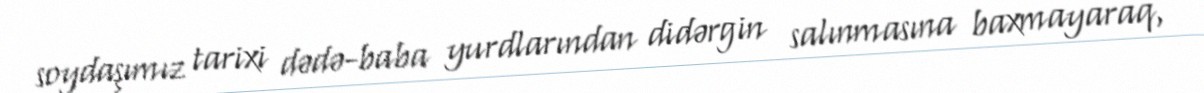
soydaşımız tarixi dədə-baba yurdlarından didərgin salınmasına baxmayaraq,